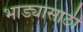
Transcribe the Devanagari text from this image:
भाड्यासाठी